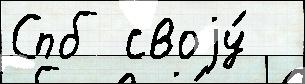
Спб своjу́